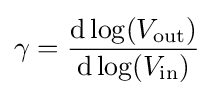
\gamma ={\frac {\mathrm {d} \log(V_{\text{out}})}{\mathrm {d} \log(V_{\text{in}})}}